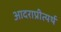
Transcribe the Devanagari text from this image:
आदराप्रीत्यर्थ